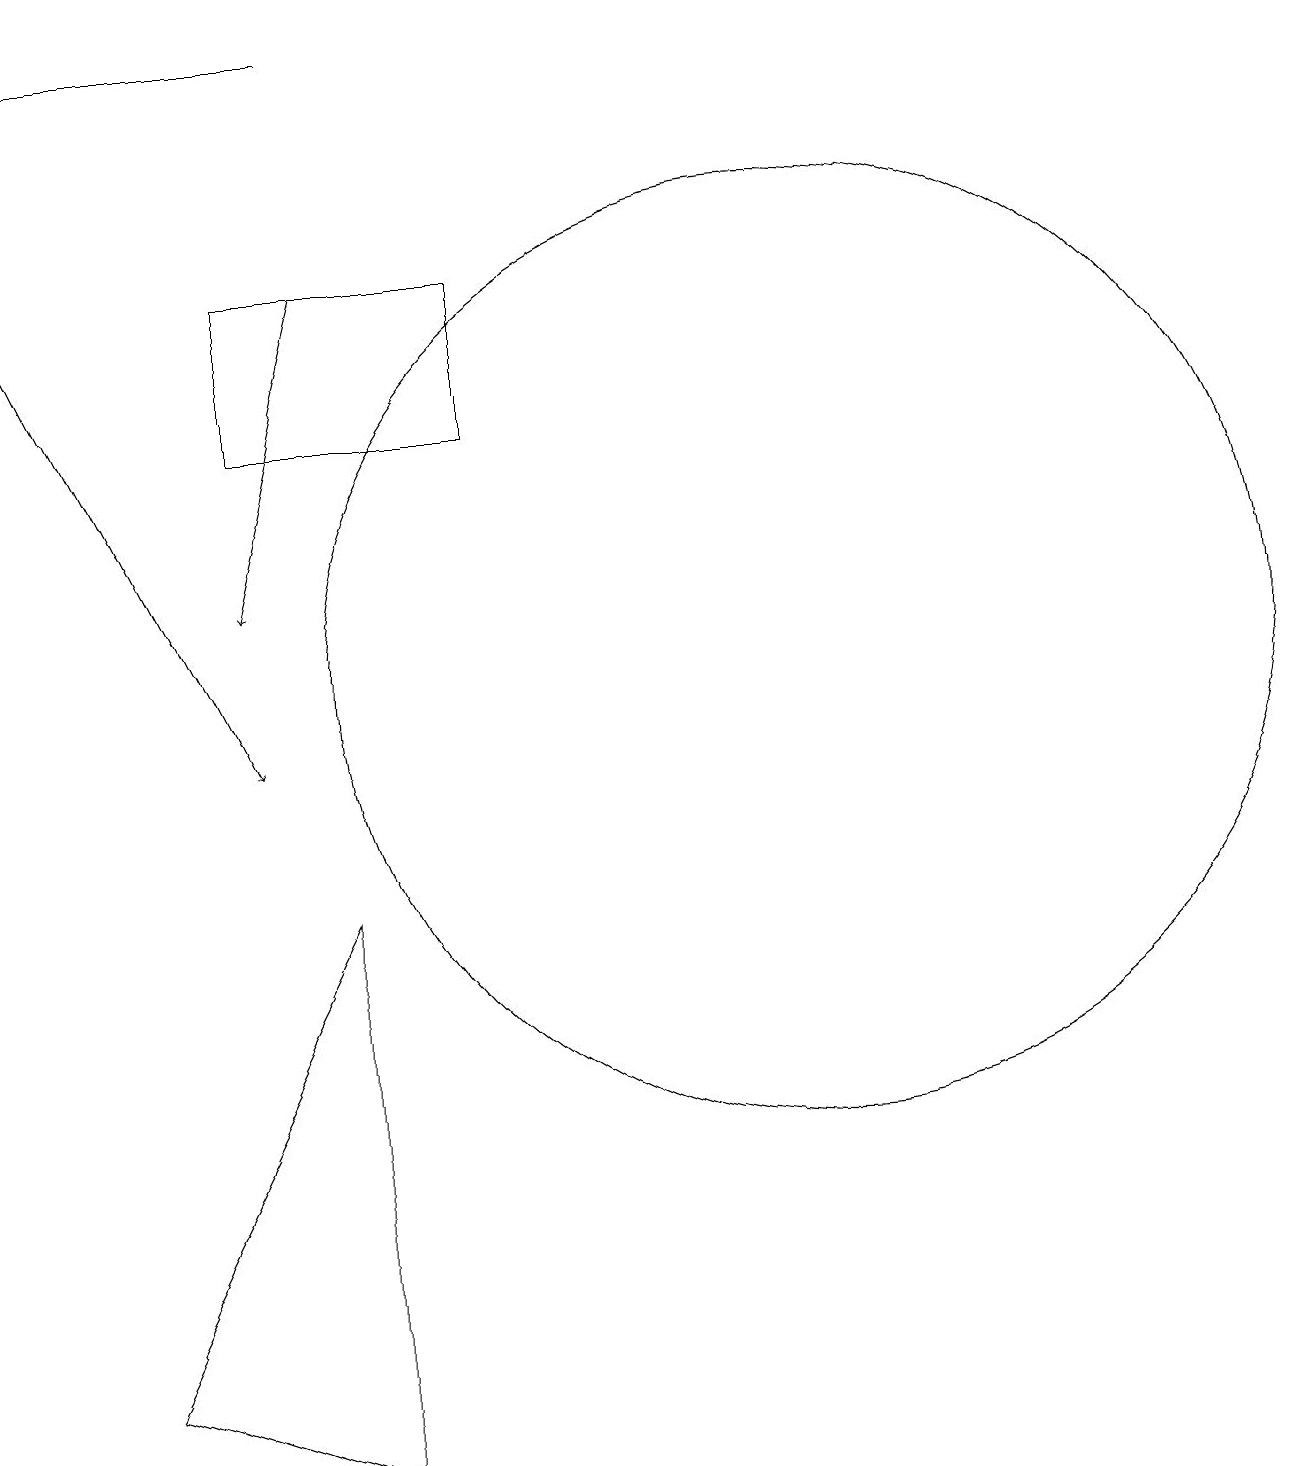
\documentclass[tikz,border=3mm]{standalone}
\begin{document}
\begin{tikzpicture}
\draw[->] (4,16) -- (3,12);
\draw (10,11) circle (6);
\draw[->] (4,19) -- (0,19);
\draw[->] (0,16) -- (3,10);
\draw (4,1) -- (1,2) -- (4,8) -- cycle;
\draw (6,14) rectangle (3,16);
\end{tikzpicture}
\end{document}